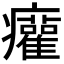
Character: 𤼐